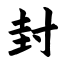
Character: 封